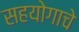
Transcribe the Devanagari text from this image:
सहयोगाचे